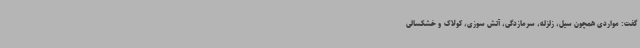
گفت: مواردی همچون سیل، زلزله، سرمازدگی، آتش سوزی، کولاک و خشکسالی